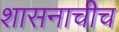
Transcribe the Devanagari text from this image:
शासनाचीच